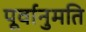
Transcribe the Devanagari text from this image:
पूर्वानुमति